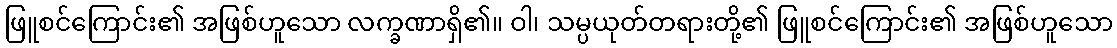
ဖြူစင်ကြောင်း၏ အဖြစ်ဟူသော လက္ခဏာရှိ၏။ ဝါ၊ သမ္ပယုတ်တရားတို့၏ ဖြူစင်ကြောင်း၏ အဖြစ်ဟူသော